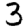
Digit: 3